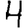
Digit: 4